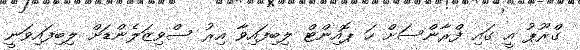
ގްރޫޕު އީ ގައި ފްރާންސަށް ހަ ޕޮއިންޓް ލިބިފައިވާ އިރު ސްވިޒަލެންޑަށް ލިބިފައިވަނީ